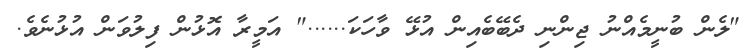
"ލެން ބުނީމެއްނު ޖިންނި ދެބޭބެއިން އުޅޭ ވާހަކަ......" އަމީރާ އޮޅުން ފިލުވަން އުޅުނެވެ.